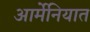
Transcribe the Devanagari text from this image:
आर्मेनियात